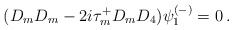
\begin{align*}(D_mD_m - 2 i \tau_m^+ D_m D_4 )\psi^{(-)}_1=0\,.\end{align*}